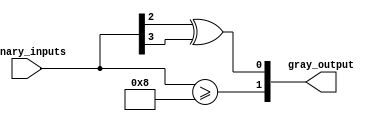
module gray_code_priority_encoder(input [N-1:0] binary_inputs, output [M-1:0] gray_output);

parameter N = 4; // number of input lines
parameter M = 2; // number of bits in Gray code output

assign gray_output = {(binary_inputs >= 2**(N-1)), (binary_inputs[N-2] ^ binary_inputs[N-1])};

endmodule